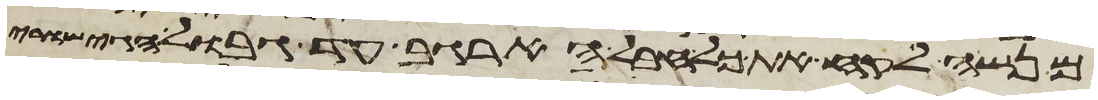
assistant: מנשה לקח את כל חבל הארגב עד גבול הגישורי